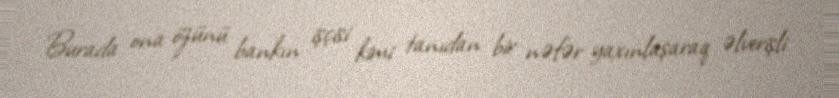
Burada ona özünü bankın işçisi kimi tanıdan bir nəfər yaxınlaşaraq əlverişli